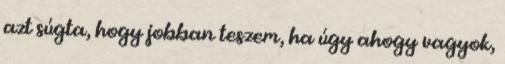
azt súgta, hogy jobban teszem, ha úgy ahogy vagyok,